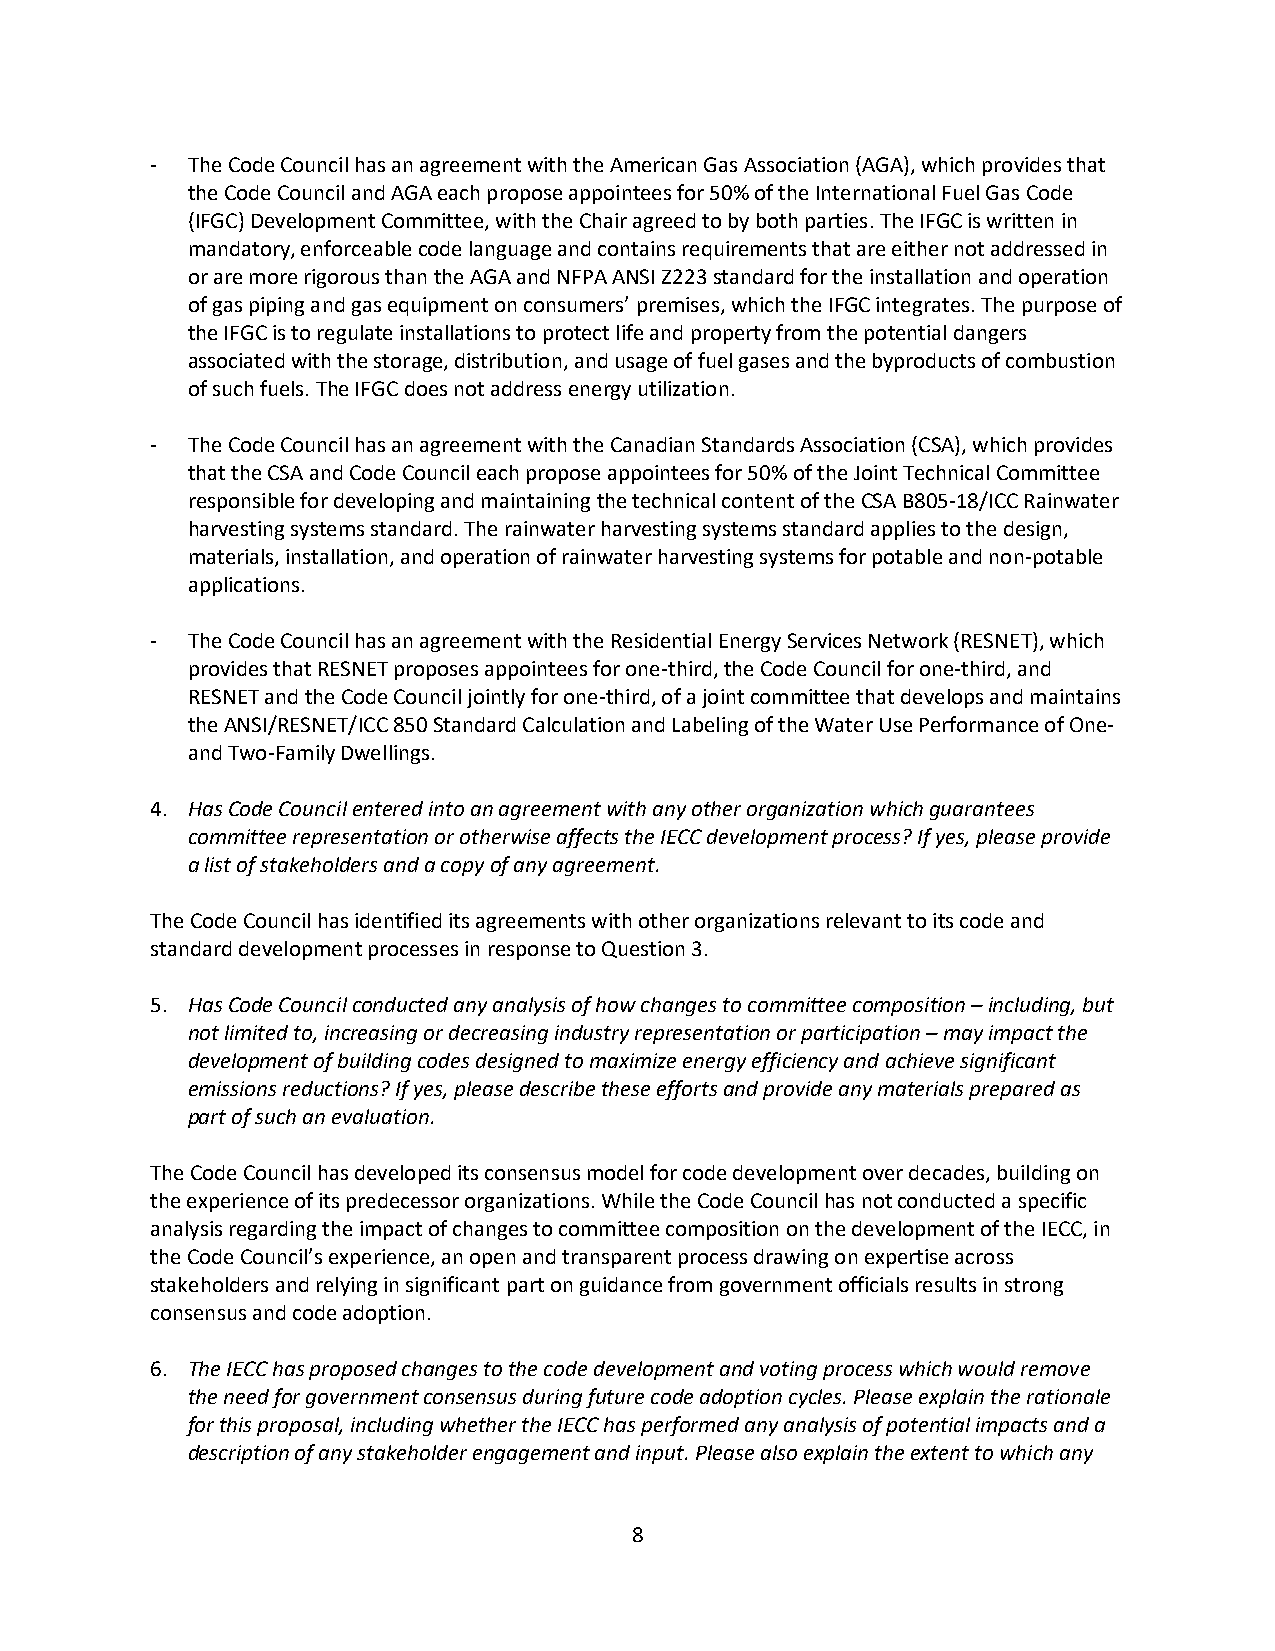
- The Code Council has an agreement with the American Gas Association (AGA), which provides that
 the Code Council and AGA each propose appointees for 50% of the International Fuel Gas Code
 (IFGC) Development Committee, with the Chair agreed to by both parties. The IFGC is written in
 mandatory, enforceable code language and contains requirements that are either not addressed in
 or are more rigorous than the AGA and NFPA ANSI Z223 standard for the installation and operation
 of gas piping and gas equipment on consumers’ premises, which the IFGC integrates. The purpose of
 the IFGC is to regulate installations to protect life and property from the potential dangers
 associated with the storage, distribution, and usage of fuel gases and the byproducts of combustion
 of such fuels. The IFGC does not address energy utilization.
 - The Code Council has an agreement with the Canadian Standards Association (CSA), which provides
 that the CSA and Code Council each propose appointees for 50% of the Joint Technical Committee
 responsible for developing and maintaining the technical content of the CSA B805-18/ICC Rainwater
 harvesting systems standard. The rainwater harvesting systems standard applies to the design,
 materials, installation, and operation of rainwater harvesting systems for potable and non-potable
 applications.
 - The Code Council has an agreement with the Residential Energy Services Network (RESNET), which
 provides that RESNET proposes appointees for one-third, the Code Council for one-third, and
 RESNET and the Code Council jointly for one-third, of a joint committee that develops and maintains
 the ANSI/RESNET/ICC 850 Standard Calculation and Labeling of the Water Use Performance of One-
 and Two-Family Dwellings.
 4. Has Code Council entered into an agreement with any other organization which guarantees
 committee representation or otherwise affects the IECC development process? If yes, please provide
 a list of stakeholders and a copy of any agreement.
 The Code Council has identified its agreements with other organizations relevant to its code and
 standard development processes in response to Question 3.
 5. Has Code Council conducted any analysis of how changes to committee composition – including, but
 not limited to, increasing or decreasing industry representation or participation – may impact the
 development of building codes designed to maximize energy efficiency and achieve significant
 emissions reductions? If yes, please describe these efforts and provide any materials prepared as
 part of such an evaluation.
 The Code Council has developed its consensus model for code development over decades, building on
 the experience of its predecessor organizations. While the Code Council has not conducted a specific
 analysis regarding the impact of changes to committee composition on the development of the IECC, in
 the Code Council’s experience, an open and transparent process drawing on expertise across
 stakeholders and relying in significant part on guidance from government officials results in strong
 consensus and code adoption.
 6. The IECC has proposed changes to the code development and voting process which would remove
 the need for government consensus during future code adoption cycles. Please explain the rationale
 for this proposal, including whether the IECC has performed any analysis of potential impacts and a
 description of any stakeholder engagement and input. Please also explain the extent to which any
 8